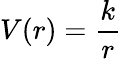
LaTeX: V(r)={\frac{k}{r}}